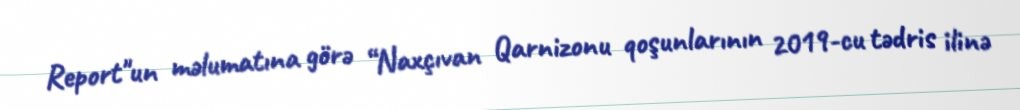
Report"un məlumatına görə “Naxçıvan Qarnizonu qoşunlarının 2019-cu tədris ilinə